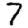
Digit: 7